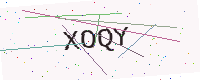
Text: XOQY